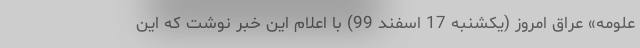
علومه» عراق امروز (یکشنبه 17 اسفند 99) با اعلام این خبر نوشت که این